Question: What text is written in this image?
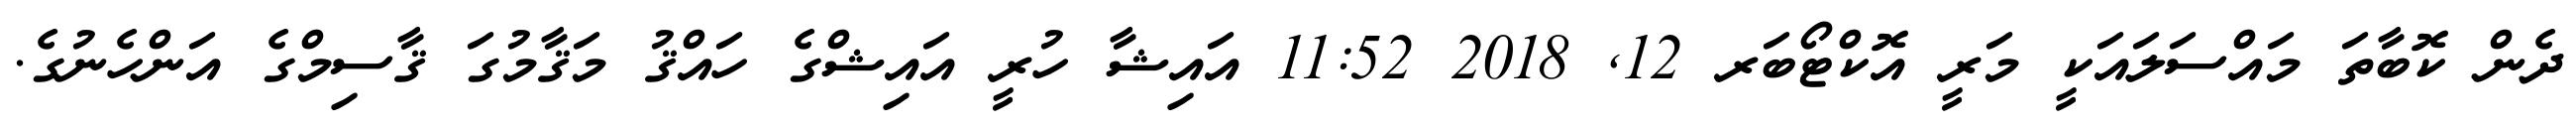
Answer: ދެން ކޮބާތަ މައްސަލައަކީ މަރީ އޮކްޓޯބަރ 12, 2018 11:52 އައިޝާ ހުރީ އައިޝްގެ ހައްޤު މަޤާމުގަ ޤާސިމްގެ އަންހެނުގެ.